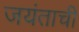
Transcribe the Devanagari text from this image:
जयंताची